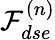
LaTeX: \mathcal{F}_{dse}^{(n)}